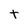
Character: t